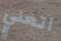
اتعني